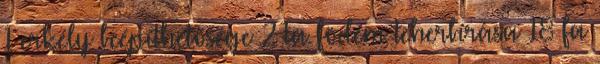
1 erkély beépíthetősége 2 Fa födém teherbírása 18 fa